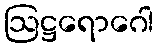
ဩဋ္ဌရောဂေါ